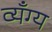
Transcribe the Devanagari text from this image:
व्यँग्य